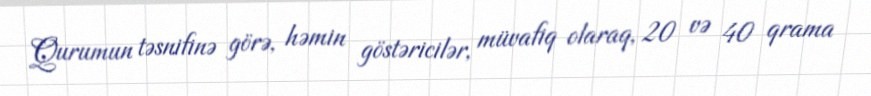
Qurumun təsnifinə görə, həmin göstəricilər, müvafiq olaraq, 20 və 40 qrama